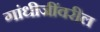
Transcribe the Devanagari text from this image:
गांधीजींवरील